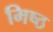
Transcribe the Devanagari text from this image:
मिष्ठ